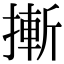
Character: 摲